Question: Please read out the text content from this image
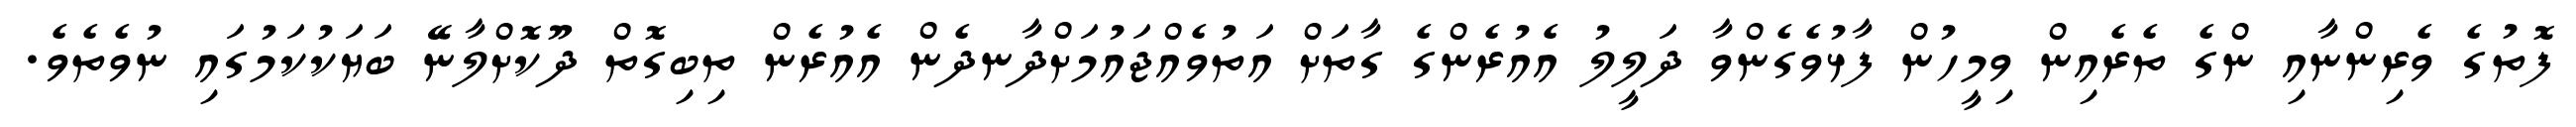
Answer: ފޮތުގެ ވެރިންނާއި ންގެ ތެރެއިން ވިމީހުން ފާޅުވެގެންވާ ދަލީލު އެއުރެންގެ ގާތަށް އަތުވެއްޖައުމަށްދާނދެން އެއުރެން ތިބިގޮތް ދޫކޮށްލާނޭ ބަޔަކުކަމުގައި ނުވެތެވެ.